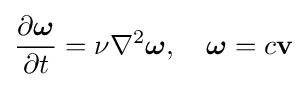
{\frac {\partial {\boldsymbol {\omega }}}{\partial t}}=\nu \nabla ^{2}{\boldsymbol {\omega }},\quad {\boldsymbol {\omega }}=c\mathbf {v}